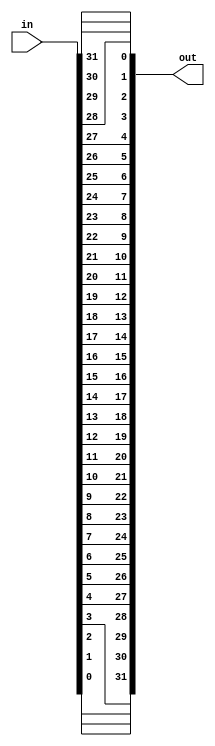
//#############################################################################
//# Function: Binary to one hot encoder                                       #
//#############################################################################
//# Author:   Andreas Olofsson                                                #
//# License:  MIT (see LICENSE file in OH! repository)                        #
//#############################################################################

module oh_bitreverse
  #(parameter N = 32 // width of data inputs
    )
   (
    input [N-1:0]  in, // data input
    output [N-1:0] out // bit reversed output
    );

   genvar 	   i;

   generate
      for (i=0;i<N;i=i+1)
	assign out[i] = in[N-1-i];
   endgenerate

endmodule // oh_bitreverse